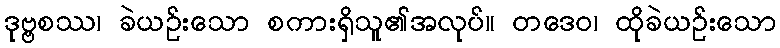
ဒုဗ္ဗစဿ၊ ခဲယဉ်းသော စကားရှိသူ၏အလုပ်။ တဒေဝ၊ ထိုခဲယဉ်းသော